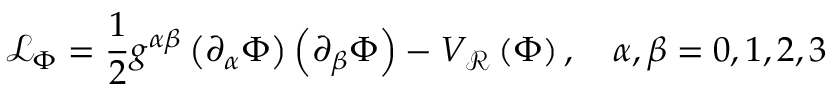
\mathcal { L } _ { \Phi } = \frac { 1 } { 2 } g ^ { \alpha \beta } \left( \partial _ { \alpha } \Phi \right) \left( \partial _ { \beta } \Phi \right) - V _ { \mathcal { R } } \left( \Phi \right) , \quad \alpha , \beta = 0 , 1 , 2 , 3